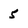
Character: 5